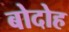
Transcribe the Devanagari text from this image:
बोदोह